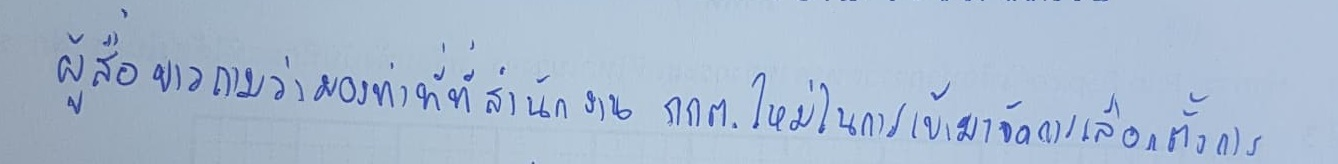
ผู้สื่อข่าวถามว่ามองท่าทีที่สำนักงาน กกต.ใหม่ในการเข้ามาจัดการเลือกตั้งการ